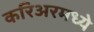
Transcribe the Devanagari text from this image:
करिअरमध्ये